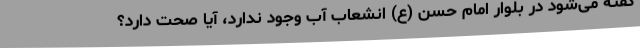
گفته می‌شود در بلوار امام حسن (ع) انشعاب آب وجود ندارد، آیا صحت دارد؟